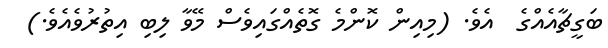
ބަގީޗާއެއްގެ  އެވެ. (މިއިން ކޮންމެ ގޮތެއްގައިވެސް މޭވާ ލިބި އިތުރުވެއެވެ.)